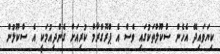
ކިޔަވައިދޭ އެހެން ސްކޫލްތަކުގައި ވެސް އެ ޕްރޮގްރާމް ކުރިއަށް ގެންދިއުމަކީ އެ ސްކޫލުން